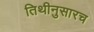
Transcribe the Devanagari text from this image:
तिथीनुसारच